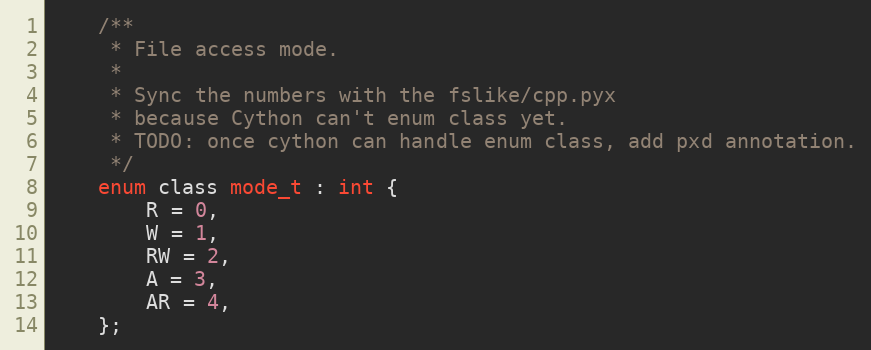
Language: C
	/**
	 * File access mode.
	 *
	 * Sync the numbers with the fslike/cpp.pyx
	 * because Cython can't enum class yet.
	 * TODO: once cython can handle enum class, add pxd annotation.
	 */
	enum class mode_t : int {
		R = 0,
		W = 1,
		RW = 2,
		A = 3,
		AR = 4,
	};